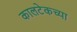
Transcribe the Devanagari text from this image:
कालटेकच्या